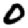
Digit: 0